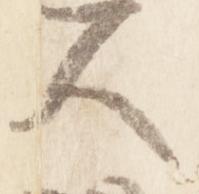
人